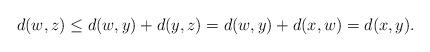
LaTeX: \begin{align*}d(w, z) \le d(w, y)+d(y, z) = d(w, y)+d(x, w) = d(x, y).\end{align*}